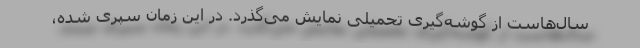
سال‌هاست از گوشه‌گیری تحمیلی نمایش می‌گذرد. در این زمان سپری شده،